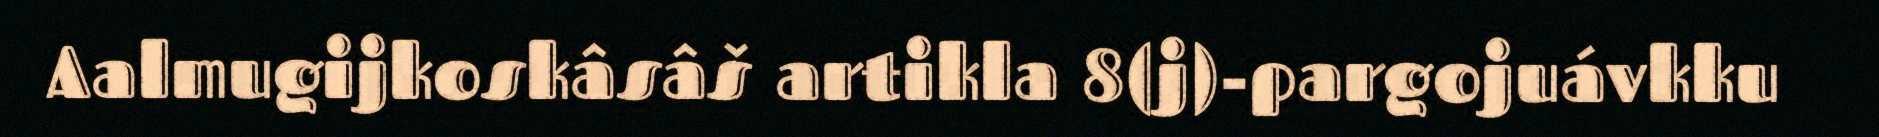
Aalmugijkoskâsâš artikla 8(j)-pargojuávkku